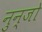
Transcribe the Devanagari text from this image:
नुन्जो